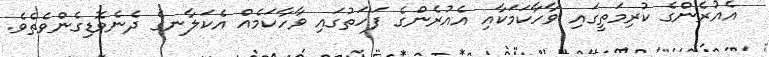
އެއުރެންގެ ކުރިމަތީގައި ވާހާކަމަކާއި އެއުރެންގެ ފަހަތުގައި ވާހާކަމެއް އެކަލާނގެ ދެނެވޮޑިގެންވެތެވެ.